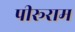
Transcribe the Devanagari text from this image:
पीरूराम